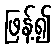
ဖြန့်၍